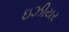
ઇઝીયર